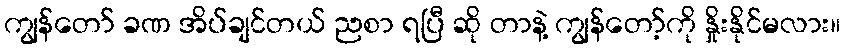
ကျွန်တော် ခဏ အိပ်ချင်တယ် ညစာ ရပြီ ဆို တာနဲ့ ကျွန်တော့်ကို နှိုးနိုင်မလား။